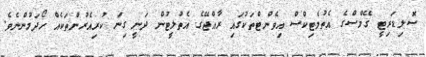
ސޮލިޑަރިޓީ ގޭމްސްގެ އެތުލެޓިކްސް އިވެންޓްތަކުގައި ރާއްޖޭގެ އެތުލީޓުން ދަނީ ގިނަ ކުރިއެރުންތަކެއް ހޯދަމުންނެވެ.